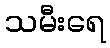
သမီးရေ